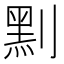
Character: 䵞